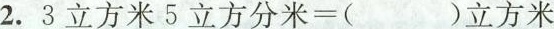
2.$$3 立 方 米 5 立 方 分 米 = () 立 方 米$$